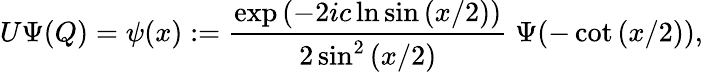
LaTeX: U\Psi(Q)=\psi(x):=\frac{\exp{(-2ic\ln\sin{(x/2)})}}{2\sin^{2}{(x/2)}}\; \Psi(-\cot{(x/2)}),